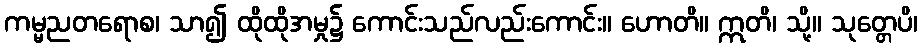
ကမ္မညတရောစ၊ သာ၍ ထိုထိုအမှု၌ ကောင်းသည်လည်းကောင်း။ ဟောတိ။ ဣတိ၊ သို့။ သုတ္တေပိ၊